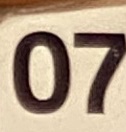
07